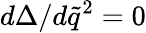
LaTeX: d\Delta/d\tilde{q}^{2}=0